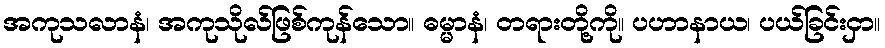
အကုသလာနံ၊ အကုသိုလ်ဖြစ်ကုန်သော။ ဓမ္မာနံ၊ တရားတို့ကို။ ပဟာနာယ၊ ပယ်ခြင်းငှာ။